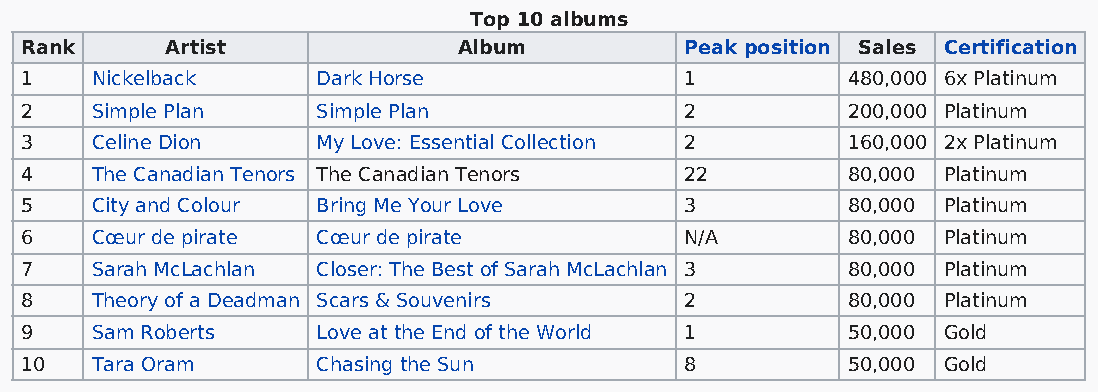
Top 10 albums
 Rank      Artist             Album          Peak position Sales Certification
 1    Nickelback     Dark Horse              1          480,000 6x Platinum
 2    Simple Plan    Simple Plan             2          200,000 Platinum
 3    Celine Dion    My Love: Essential Collection 2    160,000 2x Platinum
 4    The Canadian Tenors The Canadian Tenors 22        80,000 Platinum
 5    City and Colour Bring Me Your Love     3          80,000 Platinum
 6    Cœur de pirate Cœur de pirate          N/A        80,000 Platinum
 7    Sarah McLachlan Closer: The Best of Sarah McLachlan 3 80,000 Platinum
 8    Theory of a Deadman Scars & Souvenirs  2          80,000 Platinum
 9    Sam Roberts    Love at the End of the World 1     50,000 Gold
 10   Tara Oram      Chasing the Sun         8          50,000 Gold